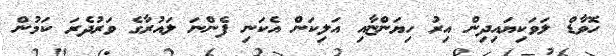
ހޮވާޑް ލަވަކިޔައިދިން އިރު ހިޔަންޏާއި އަލިކަން އެކަނި ފެންނަ ލައުރާގެ ވަރުދެރަ ކަމުން